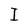
Character: I